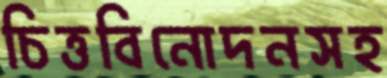
চিত্তবিনোদনসহ